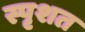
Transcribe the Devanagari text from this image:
स्पृशत